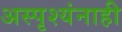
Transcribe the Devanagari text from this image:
अस्पृश्यंनाही